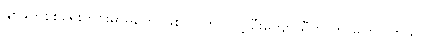
နှစ်ဖက်စစ်ရေးတင်းမာမှုတွေ ဖြစ်လာတာ လို့ ဦးကျော်သီဟ က ပြောပါတယ်။